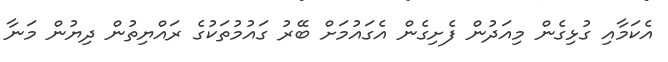
އެކަމާއި ގުޅިގެން މިއަދުން ފެށިގެން އެގައުމަށް ބޭރު ގައުމުތަކުގެ ރައްޔިތުން ދިޔުން މަނާ